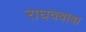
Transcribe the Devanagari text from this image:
राघवबाबा